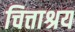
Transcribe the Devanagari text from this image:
चित्ताश्रय